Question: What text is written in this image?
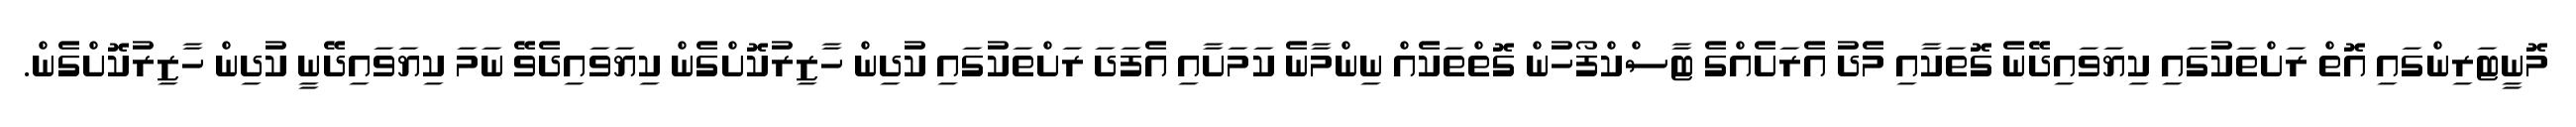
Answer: މޮނީޓަރިންގައި އޮތް ރަށްތަކުގައި ކިޔަވައިދޭނެ ގޮތަކާއި މެދު އެރަށެއްގެ ޓާސްކްފޯހުން ގޮތްތަކެއް ނިންމާނެ ކަމަށާއި އެފަދަ ރަށްތަކުގައި ކުދިން ހާޒިރުކޮށްގެން ކިޔަވައިދެވޭ ނަމަ ކިޔަވައިދޭނީ ކުދިން ހާޒިރުކޮށްގެން.